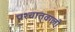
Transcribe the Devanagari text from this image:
पश्चात्‌वाली